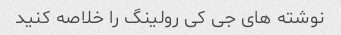
نوشته های جی کی رولینگ را خلاصه کنید